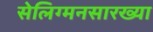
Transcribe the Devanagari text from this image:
सेलिग्मनसारख्या